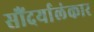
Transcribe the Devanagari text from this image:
सौंदर्यालंकार